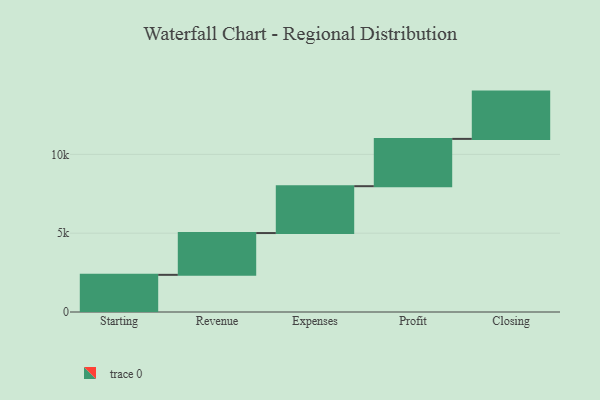
{"axis": {"x": "Step", "y": "Value"}, "legend": [""], "data": [{"x": "Starting", "y": 2357.0, "type": ""}, {"x": "Revenue", "y": 2651.0, "type": ""}, {"x": "Expenses", "y": 2973.0, "type": ""}, {"x": "Profit", "y": 3000, "type": ""}, {"x": "Closing", "y": 3000, "type": ""}]}